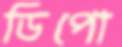
ডিপো